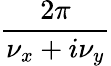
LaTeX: \frac{2\pi}{\nu_{x}+i\nu_{y}}